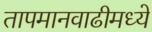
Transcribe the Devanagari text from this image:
तापमानवाढीमध्ये